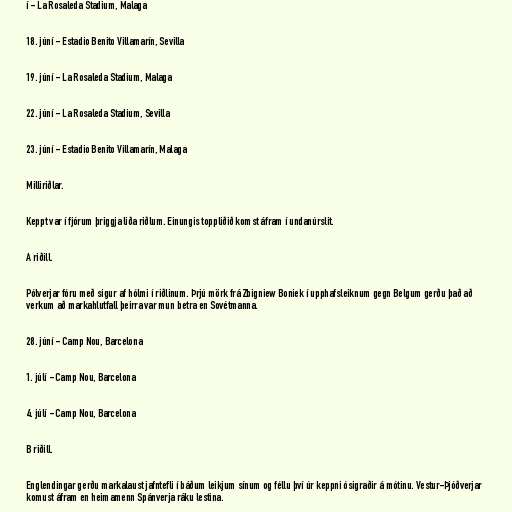
í - La Rosaleda Stadium, Malaga

18. júní - Estadio Benito Villamarín, Sevilla

19. júní - La Rosaleda Stadium, Malaga

22. júní - La Rosaleda Stadium, Sevilla

23. júní - Estadio Benito Villamarín, Malaga

Milliriðlar.

Keppt var í fjórum þriggja liða riðlum. Einungis toppliðið komst áfram í undanúrslit.

A riðill.

Pólverjar fóru með sigur af hólmi í riðlinum. Þrjú mörk frá Zbigniew Boniek í upphafsleiknum gegn Belgum gerðu það að
verkum að markahlutfall þeirra var mun betra en Sovétmanna.

28. júní - Camp Nou, Barcelona

1. júlí - Camp Nou, Barcelona

4. júlí - Camp Nou, Barcelona

B riðill.

Englendingar gerðu markalaust jafntefli í báðum leikjum sínum og féllu því úr keppni ósigraðir á mótinu. Vestur-Þjóðverjar
komust áfram en heimamenn Spánverja ráku lestina.